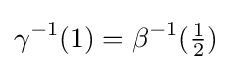
\gamma ^{-1}(1)=\beta ^{-1}({\tfrac {1}{2}})